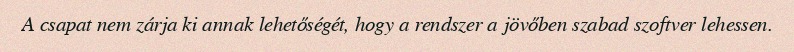
A csapat nem zárja ki annak lehetőségét, hogy a rendszer a jövőben szabad szoftver lehessen.